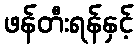
ဖန်တီးရန်နှင့်